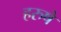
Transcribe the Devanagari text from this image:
हरुषे